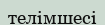
телімшесі